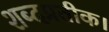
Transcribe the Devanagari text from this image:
शब्दप्रतीक।